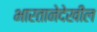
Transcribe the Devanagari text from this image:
भारतानेदेखील